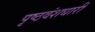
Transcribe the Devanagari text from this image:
पृष्ठवंशधारी